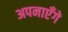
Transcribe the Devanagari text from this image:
अपनाएँगे